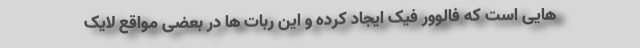
هایی است که فالوور فیک ایجاد کرده و این ربات ها در بعضی مواقع لایک